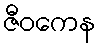
ဇီဝကေန